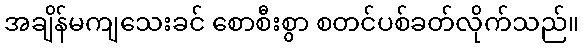
အချိန်မကျသေးခင် စောစီးစွာ စတင်ပစ်ခတ်လိုက်သည်။